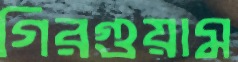
গিরগুয়াম